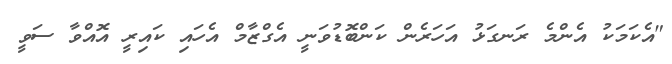
"އެކަމަކު އެންމެ ރަނގަޅު އަހަރެން ކަންބޮޑުވަނީ އެގްޒާމް އެހައި ކައިރީ އޮއްވާ ސަވީ